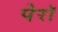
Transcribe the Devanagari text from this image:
पेरॉ